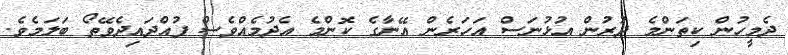
ދެމީހުން ކިތަންމެ ދުރުން އުޅުނަސް އަހަރެން އޭނާގެ ކޮންމެ އެދުމެއްވެސް ފުއްދައިދެވޭތޯ ބަލަމެވެ.